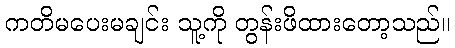
ကတိမပေးမချင်း သူ့ကို တွန်းဖိထားတော့သည်။